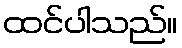
ထင်ပါသည်။